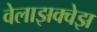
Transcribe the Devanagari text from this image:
वेलाझक्वेझ